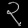
Digit: ၃